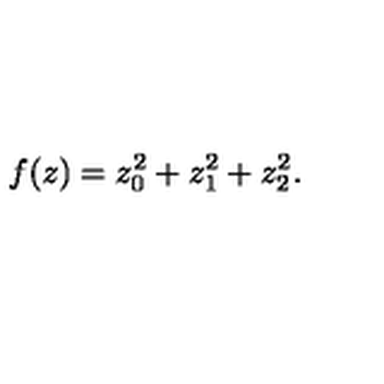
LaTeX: f ( z ) = z _ { 0 } ^ { 2 } + z _ { 1 } ^ { 2 } + z _ { 2 } ^ { 2 } .